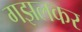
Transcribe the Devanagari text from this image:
गझलकर